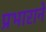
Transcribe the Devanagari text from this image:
प्रभाराने